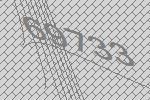
69733